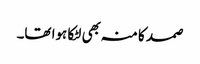
صمد کا منہ بھی لٹکا ہوا تھا۔